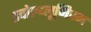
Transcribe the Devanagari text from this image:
इवोल्य्लूनिस्म